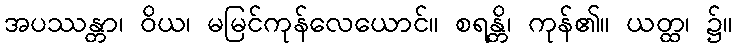
အပဿန္တာ၊ ဝိယ၊ မမြင်ကုန်လေယောင်။ စရန္တိ၊ ကုန်၏။ ယတ္ထ၊ ၌။